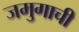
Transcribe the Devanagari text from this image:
जमुगाची